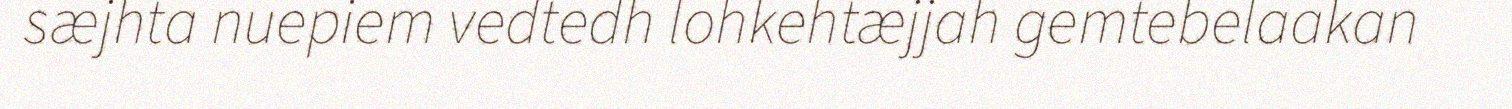
sæjhta nuepiem vedtedh lohkehtæjjah gemtebelaakan